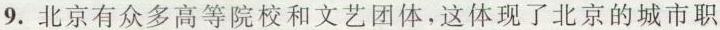
9.北京有众多高等院校和文艺团体，这体现了北京的城市职